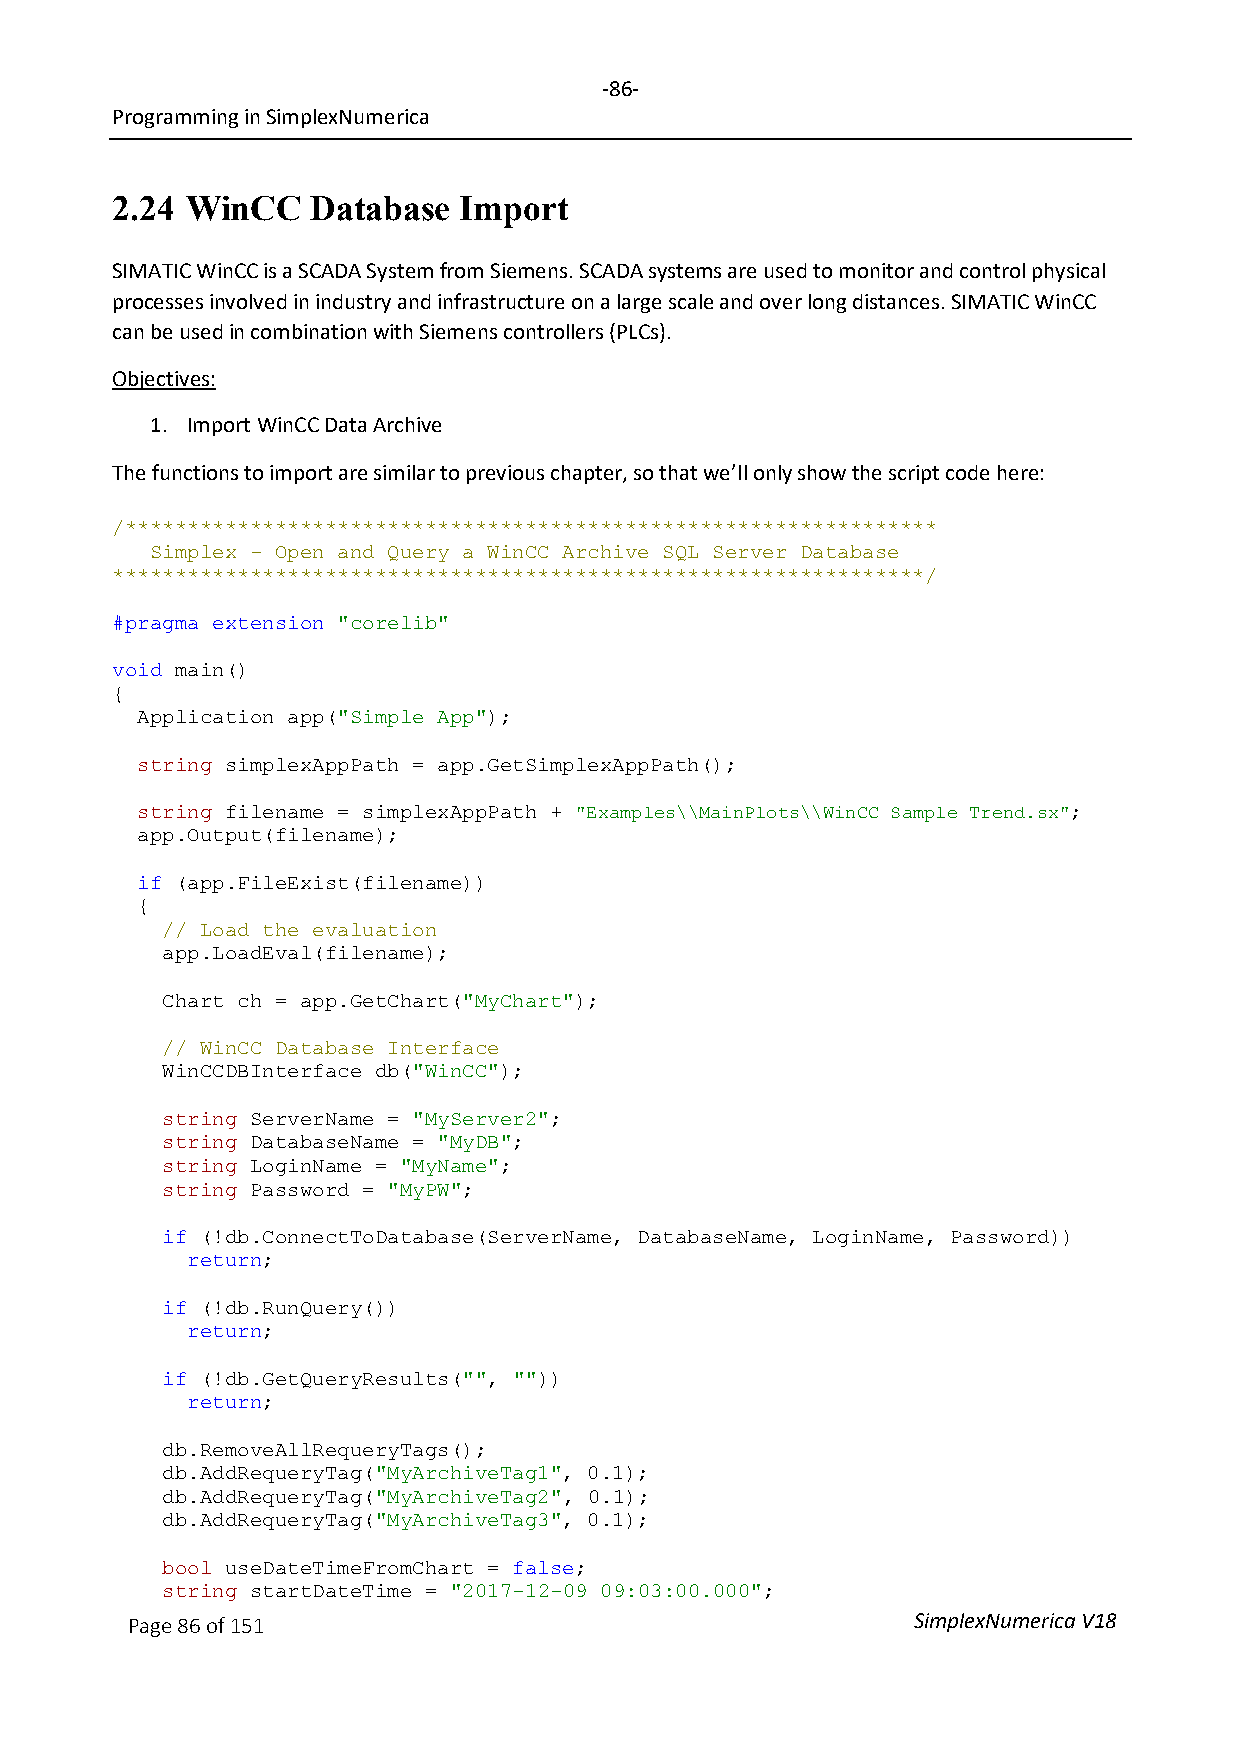
-86-
 Programming in SimplexNumerica
 2.24 WinCC    Database Import
 SIMATIC WinCC is a SCADA System from Siemens. SCADA systems are used to monitor and control physical
 processes involved in industry and infrastructure on a large scale and over long distances. SIMATIC WinCC
 can be used in combination with Siemens controllers (PLCs).
 Objectives:
 1. Import WinCC Data Archive
 The functions to import are similar to previous chapter, so that we’ll only show the script code here:
 /*****************************************************************
 Simplex - Open and Query a WinCC Archive SQL Server Database
 *****************************************************************/
 #pragma extension "corelib"
 void main()
 {
 Application app("Simple App");
 string simplexAppPath = app.GetSimplexAppPath();
 string filename = simplexAppPath + "Examples\\MainPlots\\WinCC Sample Trend.sx";
 app.Output(filename);
 if (app.FileExist(filename))
 {
 // Load the evaluation
 app.LoadEval(filename);
 Chart ch = app.GetChart("MyChart");
 // WinCC Database Interface
 WinCCDBInterface db("WinCC");
 string ServerName = "MyServer2";
 string DatabaseName = "MyDB";
 string LoginName = "MyName";
 string Password = "MyPW";
 if (!db.ConnectToDatabase(ServerName, DatabaseName, LoginName, Password))
 return;
 if (!db.RunQuery())
 return;
 if (!db.GetQueryResults("", ""))
 return;
 db.RemoveAllRequeryTags();
 db.AddRequeryTag("MyArchiveTag1", 0.1);
 db.AddRequeryTag("MyArchiveTag2", 0.1);
 db.AddRequeryTag("MyArchiveTag3", 0.1);
 bool useDateTimeFromChart = false;
 string startDateTime = "2017-12-09 09:03:00.000";
 Page 86 of 151                                      SimplexNumerica V18